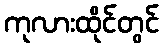
ကုလားထိုင်တွင်